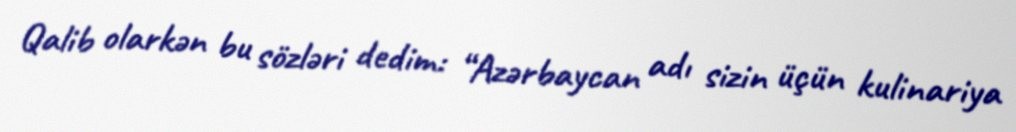
Qalib olarkən bu sözləri dedim: “Azərbaycan adı sizin üçün kulinariya